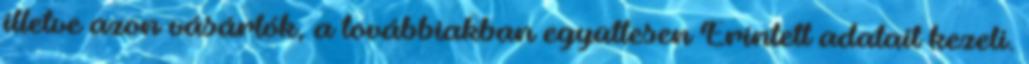
illetve azon vásárlók, a továbbiakban együttesen Érintett adatait kezeli.